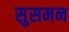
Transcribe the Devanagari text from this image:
सुसमन